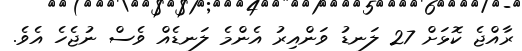
ރާއްޖެ ކޮޅަށް 27 ލަނޑު ވަންއިރު އެންމެ ލަނޑެއް ވެސް ނުޖެހެ އެވެ.